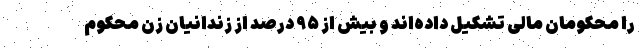
را محکومان مالی تشکیل داده‌اند و بیش از ۹۵ درصد از زندانیان زن محکوم